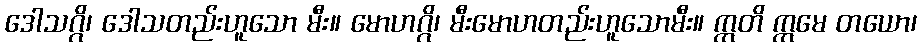
ဒေါသဂ္ဂိ၊ ဒေါသတည်းဟူသော မီး။ မောဟဂ္ဂိ၊ မီးမောဟတည်းဟူသောမီး။ ဣတိ ဣမေ တယော၊